Leaving Certificate Examination, 1923
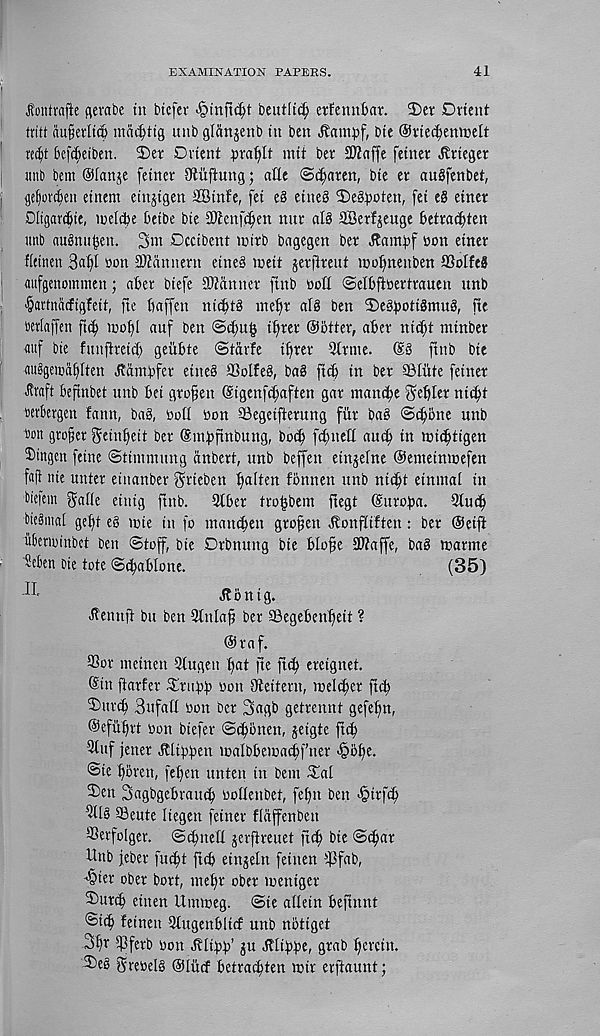
EXAMINATION PAPERS.
41
Jtontrnfie flevabe in btcfev >§inft($t beutlt^y etfennbar. 2)er Dvient
iritt au§eiltw ma^tig unb glanjenb in ben
bie ©itecfyemtelt
te^t beft^eiben. ©er Orient prafylt mit ber SWaffe fetnet ^rieger
uitb bem ©[anise fetner 9ftitftung; atte ©c^aren, bie er auSfenbet,
ge^or^eii etnem einjigen SBinfe, fei e§ eine§ 2)e8^oten, [ei e§ einer
Dligar^ie, inclctje betbe bie aJtcnfc^en nnr al8 aBerf^euge betrac^ten
unb augnu^en. 3m Occibent mttb bngegen bev Jtambf non einer
fletnen 3a^I non 3)tannent eineg meit jerfireut mofynenben SSoIfeS
aufgenommen; aber biefe aJtanner finb nott ©elbftnertranen unb
■ §artnncftgfeit ( fte baffen nicbtS inel)t al§ ben 2)egboti8mu§, fte
berlaffen [t(b mobl auf ben
i^rer ©btter, aber nit^t minber
auf bie funjtreid) geiibte ©tarfe i^rer Qlrine.
ftnb bie
cmggeioablten ^ambfer etneS 93olfeg, bag ft(b in ber ©liite feiner
Jtraft befinbet unb bet gtofien (Sigenfcbaften gar mancbe ^ebler nii^t
Bcrtergen fann, bag, not! non 93egetfterung fiir bag ©cbone unb
fion grower geinbeit ber (Smbfmbuttg, bo^ fd)neU aucb in tci^ytigen
Dtngcn [cine ©tinunung iinbert, unb beffen einjelne ©emeimnefen
fflfi nie unter einanber ^rieben bnlten fbnnen unb nibbt etnmal in
bieiein ^afie einig ftnb. 9tber troijbem ftegt (Suroba. 9tucb
biegmal gef)t eg mie in fo tnancben grofen ^onfiiften: ber @eift
uberminbct ben ©toff, bte Drbnung bte blofe SWaffe, bag marine
Men bie tote ©cbablone.
(35)
J?bnig.
^enuft bu ben 3tnlaf ber Segebenbeit ?
@taf.
3Sor tneinen 2tugen bat fte fid) ereignet.
@tn ftarfer £tubb non Oteitern, melcber ftib
©unf Bufatt non ber 3agb getrennt gefebn,
©efitbrt non btefer ©tbonen, jeigtc ftcb
3luf fetter Jttibben malbbematbf’ner ^obe.
©te bbren, feben unten in bent ©al
©en Sagbgebratub noflenbet, febn ben >§irf(b
^Ig SBeute liegen feiner flaffenbett
SSerfoIger. ©(bnetl gerftreuet ftcb bie ©(bar
Unb feber fu^t ftcb einjeln feinen 5 )3fab,
'Sier ober bort, ntebr ober ineniger
©urcb eitten U in to eg. ©te atlein beftnnt
©icb feinett 9tugenblicf unb notiget
3br ©ferb non Jtlibb’ gu ^tibbe, grab herein.
©eg grenelg ©liicf betracbten loir erftaunt;